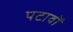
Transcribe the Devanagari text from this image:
पटावों